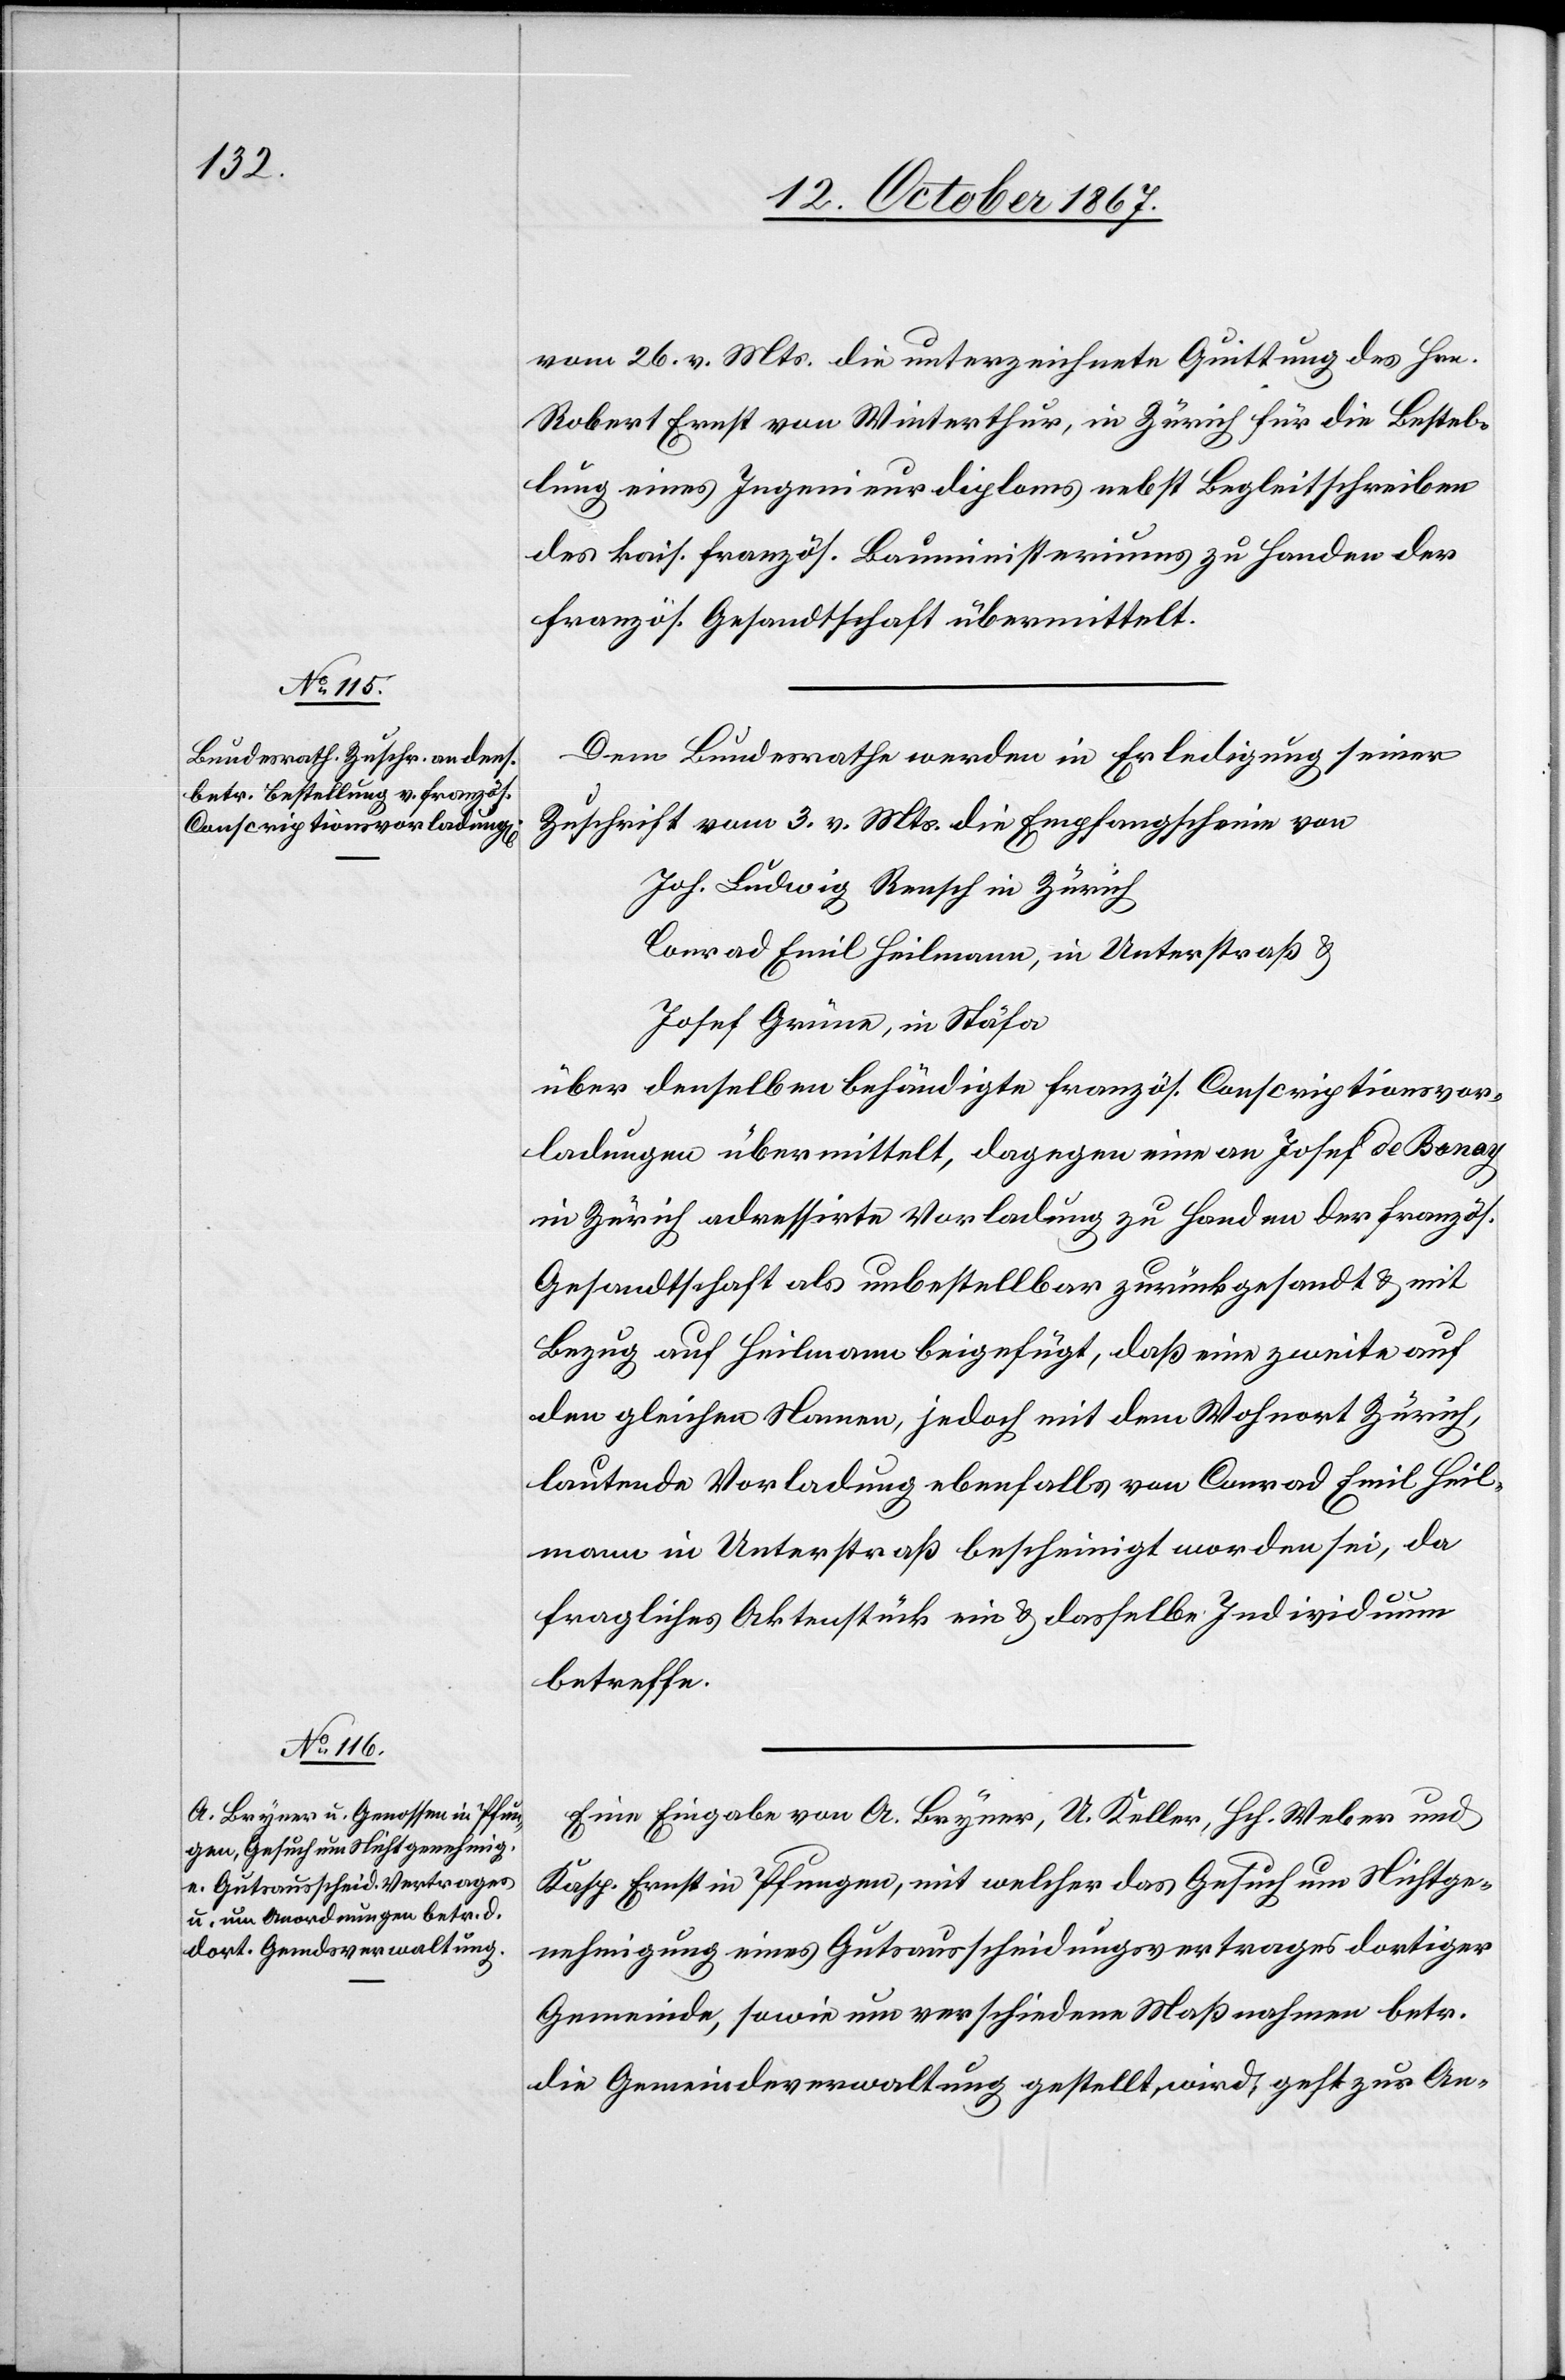
17. October 1867.]
vom 26. v. Mts. due unterzeichnete Quittung des Hrn.
Robert Ernst von Winterthur, in Zürich für die Bestel¬
lung eines Ingenieurdiploms nebst Begleitschreiben
des kais. französ. Bauministeriums zu Handen der
französ. Gesandtschaft übermittelt.
Dem Bundesrathe werden in Erledigung seiner
Zuschrift vom 3. v. Mts. die Empfangscheine von
Joh. Ludwig Rensch in Zürich
Conrad Emil Heilmann, in Unterstraß u.
Josef Grüne, in Stäfa,
über denselben behändigte französ. Conscriptionsvor¬
ladungen übermittelt, dagegen eine an Josef de Bonay
in Zürich adressirte Vorladung zu Handen der französ.
Gesandtschaft als unbestellbar zurückgesandt u. mit
Bezug auf Heilmann beigefügt, daß eine zweite auf
den gleichen Namen, jedoch mit dem Wohnort Zürich,
lautende Vorladung ebenfalls von Conrad Emil Heil¬
mann in Unterstraß bescheinigt worden sei, da
fragliches Aktenstück ein u. dasselbe Individuum
betreffe.
Eine Eingabe von A. Bryner, A. Keller, Hch. Weber und
Kasp. Ernst in Pfungen, mit welcher das Gesuch um Nichtge¬
nehmigung eines Gutsausscheidungsvertrages dortiger
Gemeinde, sowie um verschiedene Maßnahmen betr.
die Gemeindeverwaltung gestellt wird, geht zur An-